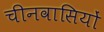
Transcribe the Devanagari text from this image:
चीनवासियों